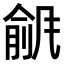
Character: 𫖾